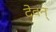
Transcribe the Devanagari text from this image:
देवन्